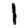
Digit: 1